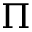
\Pi